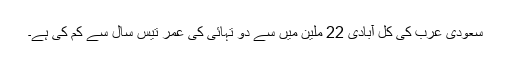
سعودی عرب کی کل آبادی 22 ملین میں سے دو تہائی کی عمر تیس سال سے کم کی ہے۔